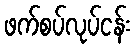
ဖက်စပ်လုပ်ငန်း